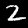
Label: 2